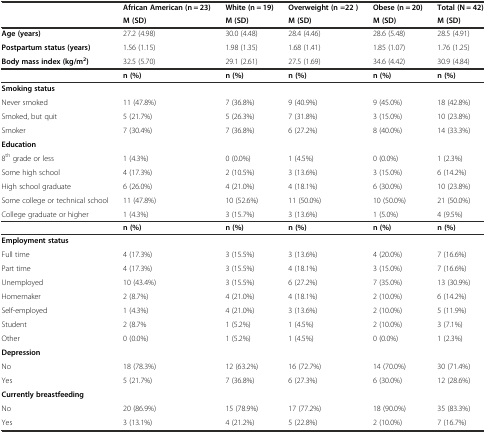
<table><thead><tr><td></td><td><b>African American (n = 23)</b></td><td><b>White (n = 19)</b></td><td><b>Overweight (n =22 )</b></td><td><b>Obese (n = 20)</b></td><td><b>Total (N = 42)</b></td></tr><tr><td></td><td><b>M (SD)</b></td><td><b>M (SD)</b></td><td><b>M (SD)</b></td><td><b>M (SD)</b></td><td><b>M (SD)</b></td></tr></thead><tbody><tr><td><b>Age (years)</b></td><td>27.2 (4.98)</td><td>30.0 (4.48)</td><td>28.4 (4.46)</td><td>28.6 (5.48)</td><td>28.5 (4.91)</td></tr><tr><td><b>Postpartum status (years)</b></td><td>1.56 (1.15)</td><td>1.98 (1.35)</td><td>1.68 (1.41)</td><td>1.85 (1.07)</td><td>1.76 (1.25)</td></tr><tr><td><b>Body mass index (kg/m</b><sup><b>2</b></sup><b>)</b></td><td>32.5 (5.70)</td><td>29.1 (2.61)</td><td>27.5 (1.69)</td><td>34.6 (4.42)</td><td>30.9 (4.84)</td></tr><tr><td></td><td><b>n (%)</b></td><td><b>n (%)</b></td><td><b>n (%)</b></td><td><b>n (%)</b></td><td><b>n (%)</b></td></tr><tr><td><b>Smoking status</b></td><td></td><td></td><td></td><td></td><td></td></tr><tr><td>Never smoked</td><td>11 (47.8%)</td><td>7 (36.8%)</td><td>9 (40.9%)</td><td>9 (45.0%)</td><td>18 (42.8%)</td></tr><tr><td>Smoked, but quit</td><td>5 (21.7%)</td><td>5 (26.3%)</td><td>7 (31.8%)</td><td>3 (15.0%)</td><td>10 (23.8%)</td></tr><tr><td>Smoker</td><td>7 (30.4%)</td><td>7 (36.8%)</td><td>6 (27.2%)</td><td>8 (40.0%)</td><td>14 (33.3%)</td></tr><tr><td><b>Education</b></td><td></td><td></td><td></td><td></td><td></td></tr><tr><td>8<sup>th</sup> grade or less</td><td>1 (4.3%)</td><td>0 (0.0%)</td><td>1 (4.5%)</td><td>0 (0.0%)</td><td>1 (2.3%)</td></tr><tr><td>Some high school</td><td>4 (17.3%)</td><td>2 (10.5%)</td><td>3 (13.6%)</td><td>3 (15.0%)</td><td>6 (14.2%)</td></tr><tr><td>High school graduate</td><td>6 (26.0%)</td><td>4 (21.0%)</td><td>4 (18.1%)</td><td>6 (30.0%)</td><td>10 (23.8%)</td></tr><tr><td>Some college or technical school</td><td>11 (47.8%)</td><td>10 (52.6%)</td><td>11 (50.0%)</td><td>10 (50.0%)</td><td>21 (50.0%)</td></tr><tr><td>College graduate or higher</td><td>1 (4.3%)</td><td>3 (15.7%)</td><td>3 (13.6%)</td><td>1 (5.0%)</td><td>4 (9.5%)</td></tr><tr><td></td><td><b>n (%)</b></td><td><b>n (%)</b></td><td><b>n (%)</b></td><td><b>n (%)</b></td><td><b>n (%)</b></td></tr><tr><td><b>Employment status</b></td><td></td><td></td><td></td><td></td><td></td></tr><tr><td>Full time</td><td>4 (17.3%)</td><td>3 (15.5%)</td><td>3 (13.6%)</td><td>4 (20.0%)</td><td>7 (16.6%)</td></tr><tr><td>Part time</td><td>4 (17.3%)</td><td>3 (15.5%)</td><td>4 (18.1%)</td><td>3 (15.0%)</td><td>7 (16.6%)</td></tr><tr><td>Unemployed</td><td>10 (43.4%)</td><td>3 (15.5%)</td><td>6 (27.2%)</td><td>7 (35.0%)</td><td>13 (30.9%)</td></tr><tr><td>Homemaker</td><td>2 (8.7%)</td><td>4 (21.0%)</td><td>4 (18.1%)</td><td>2 (10.0%)</td><td>6 (14.2%)</td></tr><tr><td>Self-employed</td><td>1 (4.3%)</td><td>4 (21.0%)</td><td>3 (13.6%)</td><td>2 (10.0%)</td><td>5 (11.9%)</td></tr><tr><td>Student</td><td>2 (8.7%</td><td>1 (5.2%)</td><td>1 (4.5%)</td><td>2 (10.0%)</td><td>3 (7.1%)</td></tr><tr><td>Other</td><td>0 (0.0%)</td><td>1 (5.2%)</td><td>1 (4.5%)</td><td>0 (0.0%)</td><td>1 (2.3%)</td></tr><tr><td><b>Depression</b></td><td></td><td></td><td></td><td></td><td></td></tr><tr><td>No</td><td>18 (78.3%)</td><td>12 (63.2%)</td><td>16 (72.7%)</td><td>14 (70.0%)</td><td>30 (71.4%)</td></tr><tr><td>Yes</td><td>5 (21.7%)</td><td>7 (36.8%)</td><td>6 (27.3%)</td><td>6 (30.0%)</td><td>12 (28.6%)</td></tr><tr><td><b>Currently breastfeeding</b></td><td></td><td></td><td></td><td></td><td></td></tr><tr><td>No</td><td>20 (86.9%)</td><td>15 (78.9%)</td><td>17 (77.2%)</td><td>18 (90.0%)</td><td>35 (83.3%)</td></tr><tr><td>Yes</td><td>3 (13.1%)</td><td>4 (21.2%)</td><td>5 (22.8%)</td><td>2 (10.0%)</td><td>7 (16.7%)</td></tr></tbody></table>